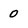
Character: 0